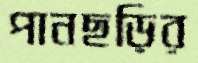
পানছড়ির